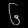
Digit: ၆